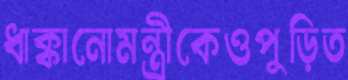
ধাক্কানোমন্ত্রীকেওপুড়িত